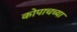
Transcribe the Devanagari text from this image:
कोपाचच्या